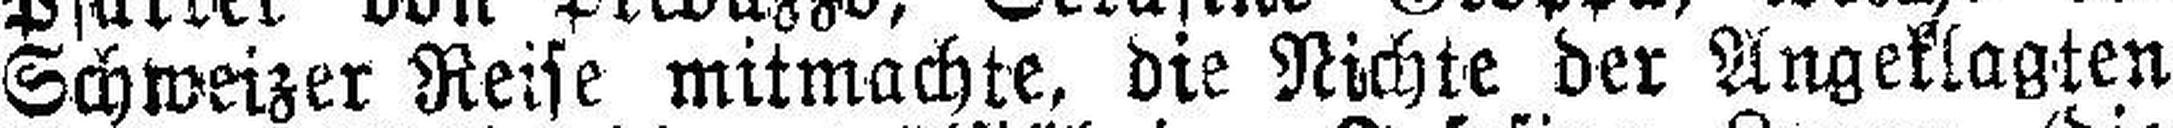
Schweizer Reise mitmachte, die Nichte der Angeklagten